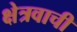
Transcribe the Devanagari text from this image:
क्षेत्रवाची